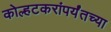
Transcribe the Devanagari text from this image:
कोल्हटकरांपर्यंतच्या